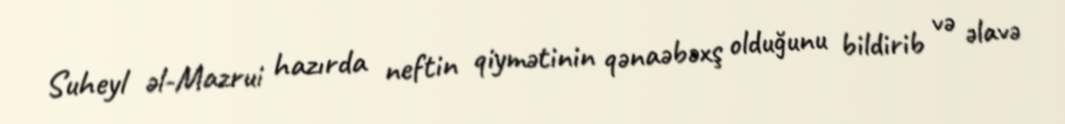
Suheyl əl-Mazrui hazırda neftin qiymətinin qənaəbəxş olduğunu bildirib və əlavə